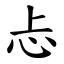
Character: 忐